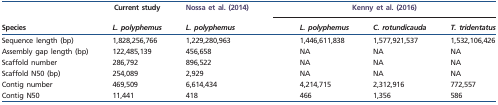
|  | Current study | Nossa et al. (2014) | <COLSPAN=4> Kenny et al. (2016) |
 | Species | L. polyphemus | <COLSPAN=2> L. polyphemus | L. polyphemus | C. rotundicauda | T. tridentatus |
 | --- | --- | --- | --- | --- | --- | --- |
 | Sequence length (bp) | 1,828,256,766 | <COLSPAN=2> 1,229,280,963 | 1,446,611,838 | 1,577,921,537 | 1,532,106,426 |
 | Assembly gap length (bp) | 122,485,139 | <COLSPAN=2> 456,658 | NA | NA | NA |
 | Scaffold number | 286,792 | <COLSPAN=2> 896,522 | NA | NA | NA |
 | Scaffold N50 (bp) | 254,089 | <COLSPAN=2> 2,929 | NA | NA | NA |
 | Contig number | 469,509 | <COLSPAN=2> 6,614,434 | 4,214,715 | 2,312,916 | 772,557 |
 | Contig N50 | 11,441 | <COLSPAN=2> 418 | 466 | 1,356 | 586 |